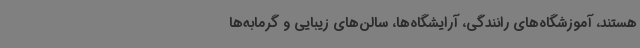
هستند، آموزشگاه‌های رانندگی، آرایشگاه‌ها، سالن‌های زیبایی و گرمابه‌ها